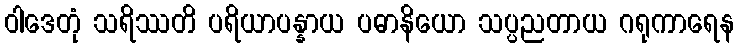
ဝါဒေတုံ သရိဿတိ ပရိယာပန္နာယ ပဓာနိယော သပ္ပညတာယ ဂရုကာရေန